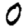
Digit: 0